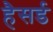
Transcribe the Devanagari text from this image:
हैसर्ड